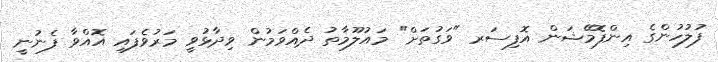
ފުލުހުންގެ އިންފޮމޭޝަން އޮފިސަރ "ވަގުތަށް" މައުލޫމާތު ދެއްވަމުން ވިދާޅުވީ މަރުވެފައި އޮއްވާ ފެނުނީ